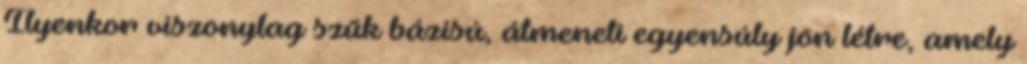
Ilyenkor viszonylag szűk bázisú, átmeneti egyensúly jön létre, amely